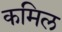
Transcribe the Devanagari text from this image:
कमिल